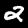
Digit: 2